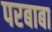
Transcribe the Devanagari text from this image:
परबाबा